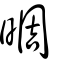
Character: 晭